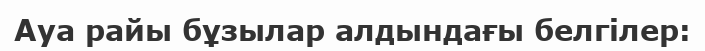
Ауа райы бұзылар алдындағы белгілер: